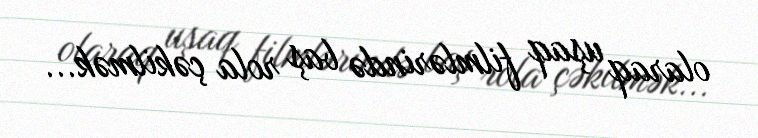
olaraq uşaq filmlərində baş rola çəkilmək...